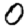
Digit: 0